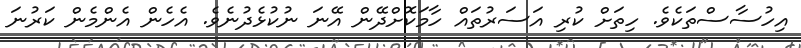
އިހުސާސްތަކެވެ. ހިތަށް ކުރި އަސަރުތައް ހާމަކޮށްދޭން އޭނަ ނުކުޅެދުނެވެ. އެހެން އެންމެން ކަރުނަ